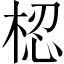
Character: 梕